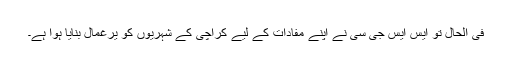
فی الحال تو ایس ایس جی سی نے اپنے مفادات کے لیے کراچی کے شہریوں کو یرغمال بنایا ہوا ہے۔